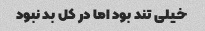
خیلی تند بود اما در کل بد نبود